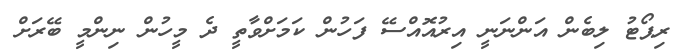
ރިޕޯޓު ލިބެން އަންނަނީ އިރުއޮއްސޭ ފަހުން ކަމަށްވާތީ ދެ މީހުން ނިންމީ ބޭރަށް